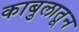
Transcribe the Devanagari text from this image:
काबुलातून